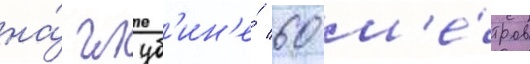
на́ глуб'ин'е́ 60 м'е́тров